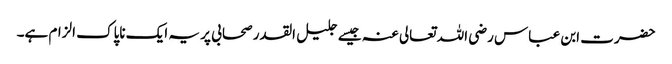
حضرت ابن عباس رضی اللہ تعالی عنہ جیسے جلیل القدر صحابی پر یہ ایک ناپاک الزام ہے۔